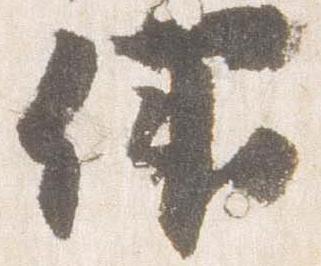
仰